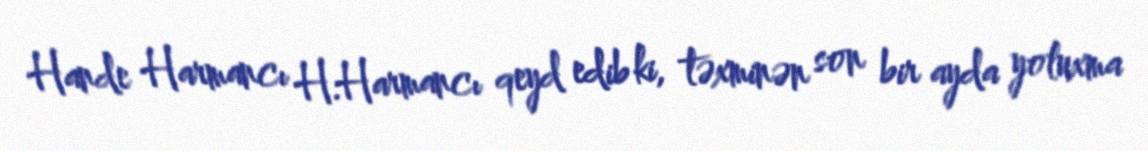
Hande Harmancı H.Harmancı qeyd edib ki, təxminən son bir ayda yoluxma